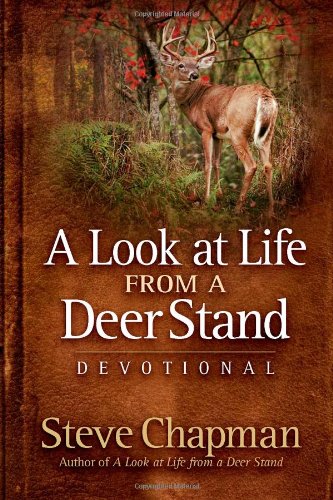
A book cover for A Look at Life from a Deer Stand Devotional; Steve Chapman; Christian Books & Bibles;